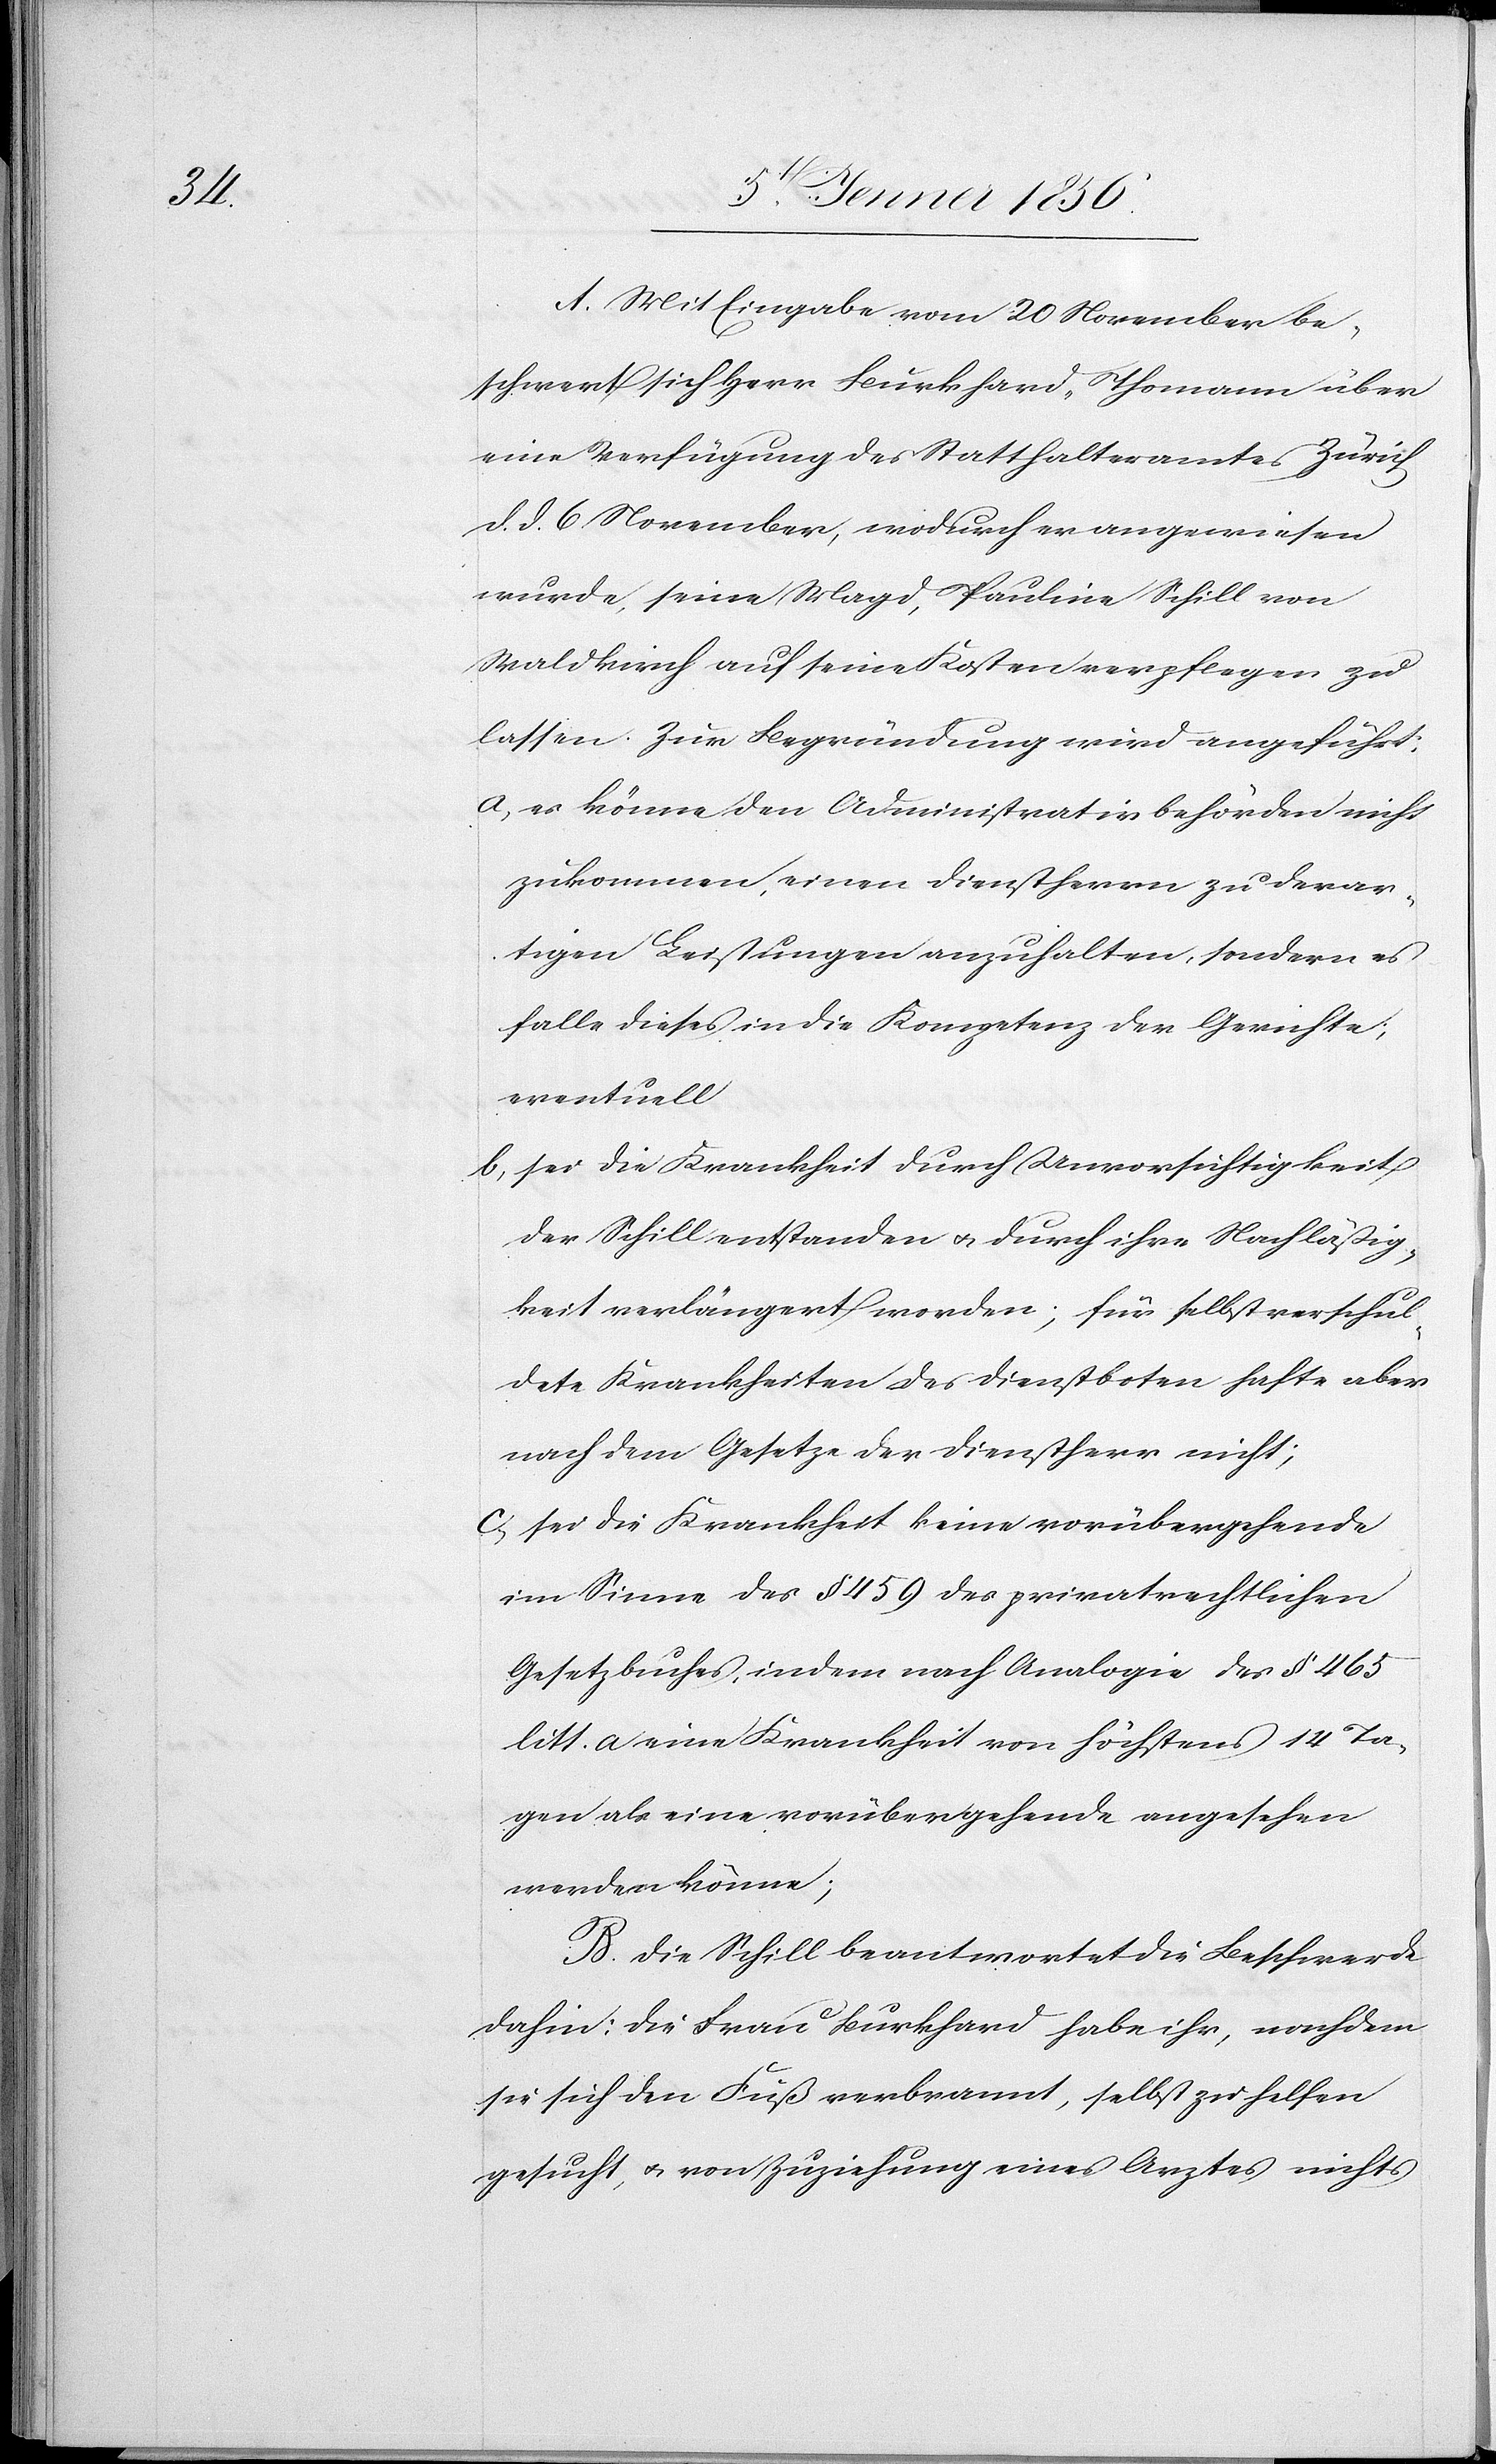
A. Mit Eingabe vom 20 November be¬
schwert sich Herr Burkhard-Thomann über
eine Verfügung des Statthalteramtes Zürich
d. d. 6 November, wodurch er angewiesen
wurde, seine Magd, Pauline Schill von
Waldkirch auf seine Kosten verpflegen zu
lassen. Zur Begründung wird angefürt:
a, es könne den Administrativbehörden nicht
zukommen, einen Dienstherrn zu derar¬
tigen Leistungen anzuhalten, sondern es
falle dieses in die Kompetenz der Gerichte;
eventuell
b, sei die Krankheit durch Unvorsichtigkeit
der Schill entstanden u. durch ihre Nachläßig¬
keit verlängert worden; für selbstverschul¬
dete Krankheiten des Dienstboten hafte aber
nach dem Gesetze der Dienstherr nicht;
c, sei die Krankheit keine vorübergehende
im Sinne des § 459 des privatrechtlichen
Gesetzbuches, indem nach Analogie des § 465
litt. a eine Krankheit von höchstens 14 Ta¬
gen als eine vorübergehende angesehen
werden könne;
B. Die Schill beantwortet die Beschwerde
dahin: Die Frau Burkhard habe ihr, nachdem
sie sich den Fuß verbrannt, selbst zu helfen
gesucht, u. von Zuziehung eines Arztes nichts